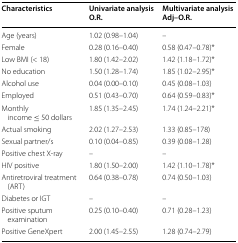
<table><thead><tr><td><b>Characteristics</b></td><td><b>Univariate analysisO.R.</b></td><td><b>Multivariate analysisAdj–O.R.</b></td></tr></thead><tbody><tr><td>Age (years)</td><td>1.02 (0.98–1.04)</td><td>–</td></tr><tr><td>Female</td><td>0.28 (0.16–0.40)</td><td>0.58 (0.47–0.78)*</td></tr><tr><td>Low BMI (&lt; 18)</td><td>1.80 (1.42–2.02)</td><td>1.42 (1.18–1.72)*</td></tr><tr><td>No education</td><td>1.50 (1.28–1.74)</td><td>1.85 (1.02–2.95)*</td></tr><tr><td>Alcohol use</td><td>0.04 (0.00–0.10)</td><td>0.45 (0.08–1.03)</td></tr><tr><td>Employed</td><td>0.51 (0.43–0.70)</td><td>0.64 (0.59–0.83)*</td></tr><tr><td>Monthly income ≤ 50 dollars</td><td>1.85 (1.35–2.45)</td><td>1.74 (1.24–2.21)*</td></tr><tr><td>Actual smoking</td><td>2.02 (1.27–2.53)</td><td>1.33 (0.85–178)</td></tr><tr><td>Sexual partner/s</td><td>0.10 (0.04–0.85)</td><td>0.39 (0.08–1.28)</td></tr><tr><td>Positive chest X-ray</td><td>–</td><td>–</td></tr><tr><td>HIV positive</td><td>1.80 (1.50–2.00)</td><td>1.42 (1.10–1.78)*</td></tr><tr><td>Antiretroviral treatment (ART)</td><td>0.64 (0.38–0.78)</td><td>0.74 (0.50–1.03)</td></tr><tr><td>Diabetes or IGT</td><td>–</td><td>–</td></tr><tr><td>Positive sputum examination</td><td>0.25 (0.10–0.40)</td><td>0.71 (0.28–1.23)</td></tr><tr><td>Positive GeneXpert</td><td>2.00 (1.45–2.55)</td><td>1.28 (0.74–2.79)</td></tr></tbody></table>